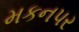
મકનપર